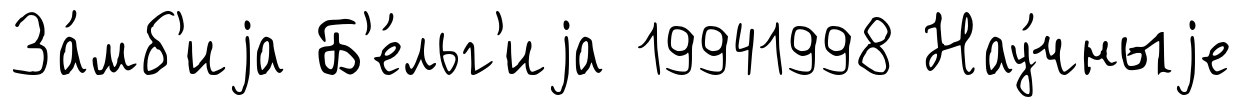
За́мб'иjа Б'е́льг'иjа 19941998 Нау́чныjе